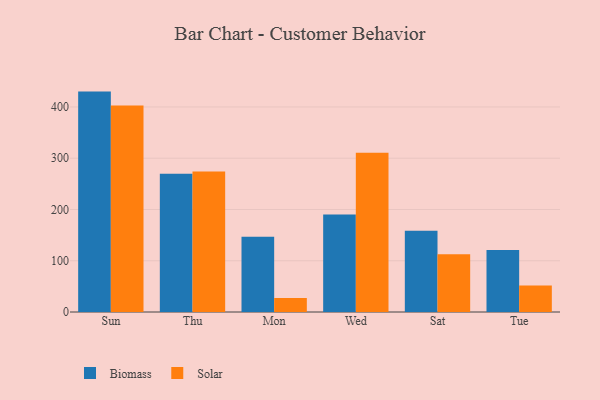
{"axis": {"x": "Day", "y": "Latency (ms)"}, "legend": ["Biomass", "Solar"], "data": [{"x": "Sun", "y": 430.0, "type": "Biomass"}, {"x": "Sun", "y": 403.0, "type": "Solar"}, {"x": "Thu", "y": 269.7, "type": "Biomass"}, {"x": "Thu", "y": 274.0, "type": "Solar"}, {"x": "Mon", "y": 146.9, "type": "Biomass"}, {"x": "Mon", "y": 27.4, "type": "Solar"}, {"x": "Wed", "y": 190.1, "type": "Biomass"}, {"x": "Wed", "y": 310.8, "type": "Solar"}, {"x": "Sat", "y": 158.3, "type": "Biomass"}, {"x": "Sat", "y": 112.8, "type": "Solar"}, {"x": "Tue", "y": 121.1, "type": "Biomass"}, {"x": "Tue", "y": 51.9, "type": "Solar"}]}